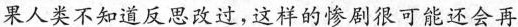
果人类不知道反思改过，这样的惨剧很可能还会再